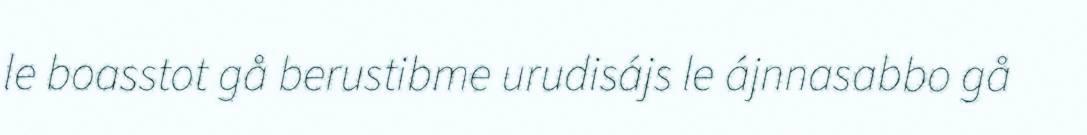
le boasstot gå berustibme urudisájs le ájnnasabbo gå